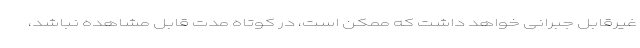
غیرقابل جبرانی خواهد داشت که ممکن است، در کوتاه مدت قابل مشاهده نباشد،